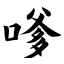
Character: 嗲